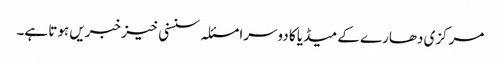
مرکزی دھارے کے میڈیا کا دوسرا مسئلہ سنسنی خیز خبریں ہوتا ہے۔